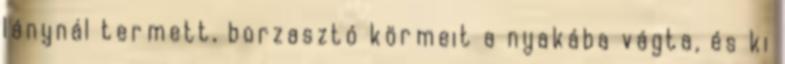
lánynál termett, borzasztó körmeit a nyakába vágta, és ki